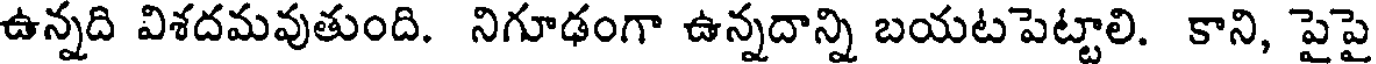
ఉన్నది విశదమవుతుంది. నిగూఢంగా ఉన్నదాన్ని బయటపెట్టాలి. కాని, పైపై